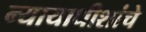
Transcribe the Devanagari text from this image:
न्यायाधीशांचे